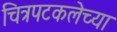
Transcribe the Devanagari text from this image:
चित्रपटकलेच्या